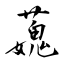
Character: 蘶